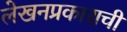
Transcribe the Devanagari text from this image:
लेखनप्रकाराची